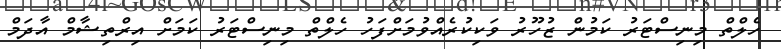
ހެލްތް މިނިސްޓަރު ކަމުން ޒުހޫރު ވަކިކުރެއްވުމަށްފަހު ހެލްތް މިނިސްޓަރު ކަމަށް އިރްތިޝާމް އާދަމް